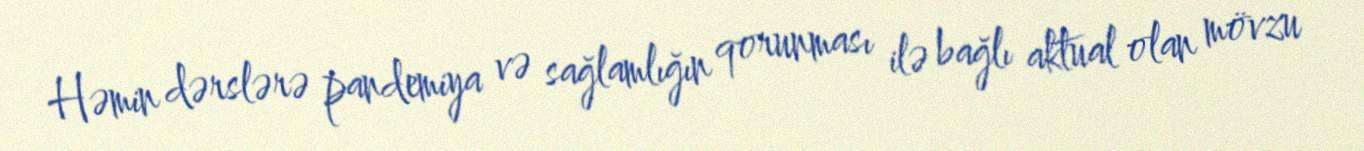
Həmin dərslərə pandemiya və sağlamlığın qorunması ilə bağlı aktual olan mövzu